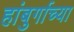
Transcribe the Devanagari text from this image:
हांबुर्गाच्या